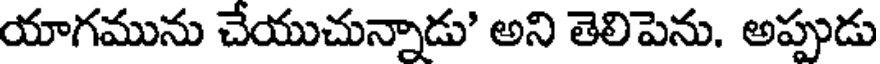
యాగమును చేయుచున్నాడు' అని తెలిపెను. అప్పుడు